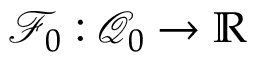
\mathscr { F } _ { 0 } : \mathcal { Q } _ { 0 } \to \mathbb { R }